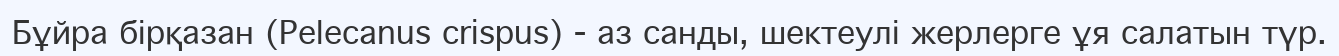
Бұйра бірқазан (Pelecanus crispus) - аз санды, шектеулі жерлерге ұя салатын түр.